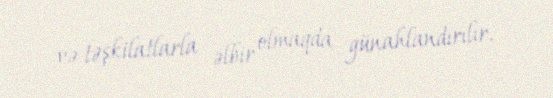
və təşkilatlarla əlbir olmaqda günahlandırılır.